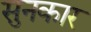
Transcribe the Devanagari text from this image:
सुनकार